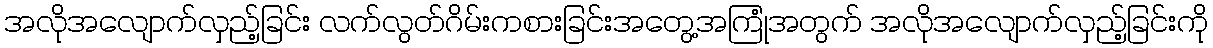
အလိုအလျောက်လှည့်ခြင်း လက်လွတ်ဂိမ်းကစားခြင်းအတွေ့အကြုံအတွက် အလိုအလျောက်လှည့်ခြင်းကို